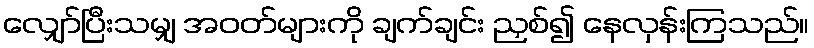
လျှော်ပြီးသမျှ အဝတ်များကို ချက်ချင်း ညှစ်၍ နေလှန်းကြသည်။